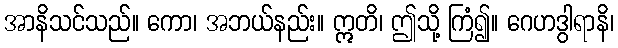
အာနိသင်သည်။ ကော၊ အဘယ်နည်း။ ဣတိ၊ ဤသို့ ကြံ၍။ ဂေဟဒွါရာနိ၊